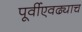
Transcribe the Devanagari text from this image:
पूर्वीएवढ्याच